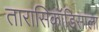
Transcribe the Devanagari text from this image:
तारासिकॉडिसाला